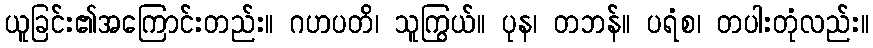
ယူခြင်း၏အကြောင်းတည်း။ ဂဟပတိ၊ သူကြွယ်။ ပုန၊ တဘန်။ ပရံစ၊ တပါးတုံလည်း။